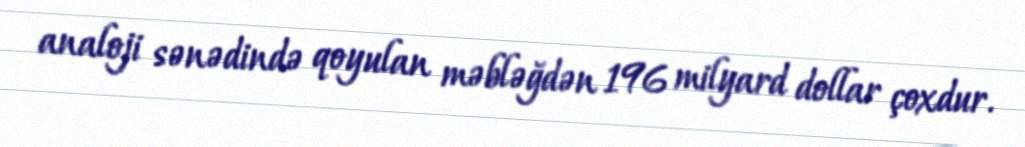
analoji sənədində qoyulan məbləğdən 196 milyard dollar çoxdur.